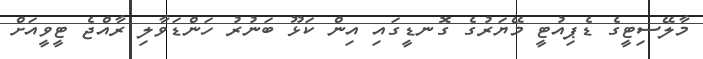
މާލޭސިޓީގެ ޑެޕިއުޓީ މޭޔަރުގެ ގޮނޑީގައި އިން ކަޅޫ ބަނުރު ހަންޑަވާލި ރާއްޖެ ޓީވީއަށް